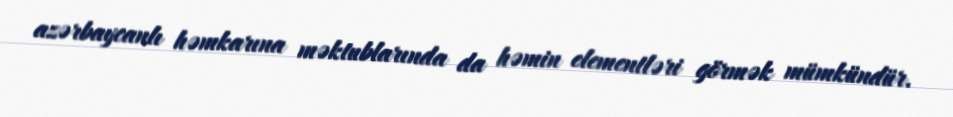
azərbaycanlı həmkarına məktublarında da həmin elementləri görmək mümkündür.